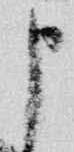
申